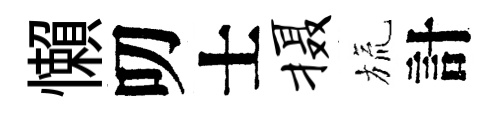
懶叨士摄旒計